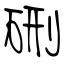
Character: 硎